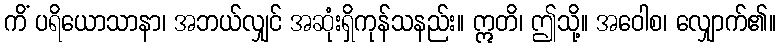
ကိံ ပရိယောသာနာ၊ အဘယ်လျှင် အဆုံးရှိကုန်သနည်း။ ဣတိ၊ ဤသို့။ အဝေါစ၊ လျှောက်၏။